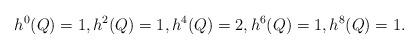
LaTeX: \begin{align*}h^0(Q)=1,h^2(Q)=1,h^4(Q)=2,h^6(Q)=1, h^8(Q)=1.\end{align*}